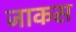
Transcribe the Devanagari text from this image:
जाकस